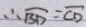
\therefore \widehat { B D } = \overline { C D }